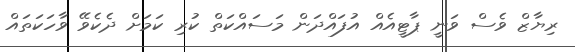
ރިޔާޒް ވެސް ވަނީ ޕާޓީއެއް އުފައްދަން މަސައްކަތް ކުރި ކަމަށް ދެކެވޭ ވާހަކަތައް